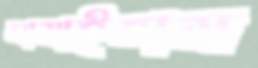
নামাইতাম